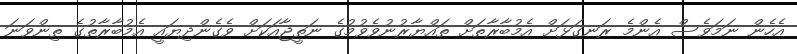
އެހެން ނަމަވެސް އެންމެ ރަނގަޅަށް އެމުބާރާތަށް ތައްޔާރުނުވެވުމުގެ ނަތީޖާއަކަށް ވެގެންދިޔައީ އެމުބާރާތުގެ ތިންވަނަ